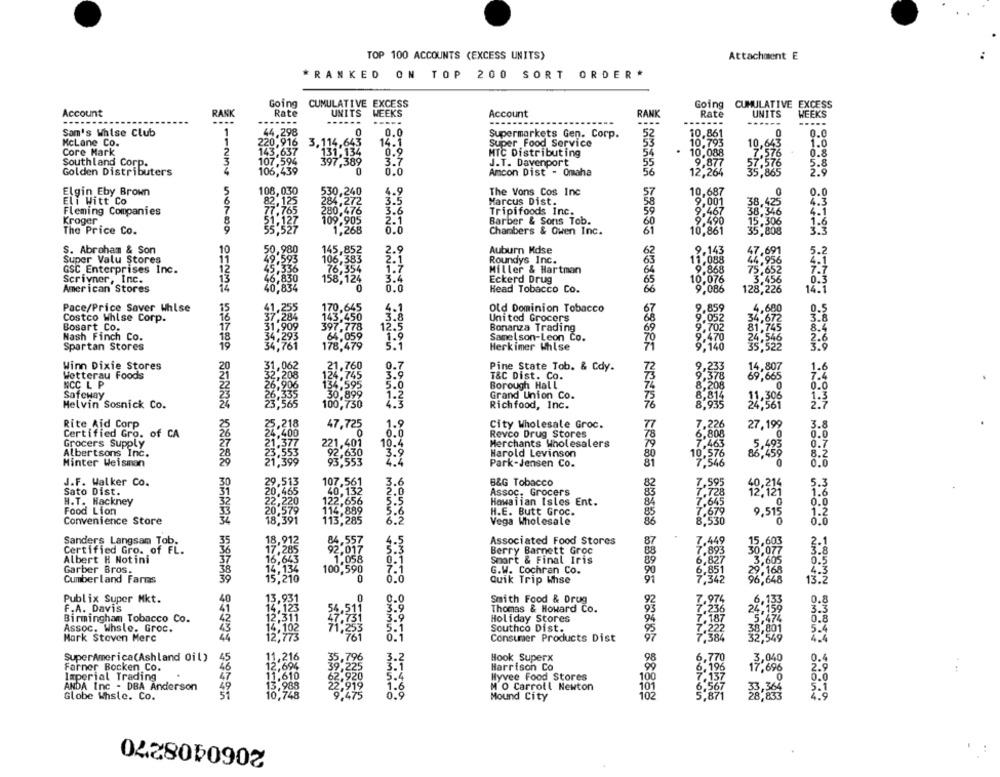
TOP 100 ACCOUNTS (EXCESS UNITS)
Attachment E
*RANKED ON TOP 200 SORT ORDER*
Going CUMULATIVE EXCESS
Going
CUMULATIVE EXCESS
Account
RANK
Rate
UNITS
WEEKS
Account
RANK
Rate
UNITS
WEEKS
...
---
-----
-------
-----
Sam's Whise Club
44.298
0
0.0
52
10,861
0
0.0
Supermarkets Gen. Corp.
10,793
McLane Co.
220,916
3.114,643
14.1
Super Food Service
53
10,643
1.0
Core Mark
143,637
131,134
0.9
MTC Distributing
54
10,088
7.576
0.8
Southland Corp.
107,594
397,389
3.7
J.T. Davenport
9,877
57.576
5.8
Golden Distributers
106,439
0
0.0
Amcon Dist - Omaha
12,264
2.9
35.865
Elgin Eby Brown
108,030
530,240
4.9
The Vons Cos Inc
57
10,687
0
0.0
Eli Witt Co
82,125
284.272
3.5
Marcus Dist.
9,001
38,425
4:3
Fleming Companies
77.765
280,476
3.6
Tripifoods Inc.
9,467
38.346
Kroger
1.127
109.905
2.1
Barber & Sons Tob.
9.490
15.306
1.6
The Price Co.
55.527
1,268
0.0
Chambers & Owen Inc.
61
10,861
35,808
S. Abraham & Son
50.980
145,852
2.9
Auburn Mdse
9.143
47.691
5.2
503
62
Super Valu Stores
106,383
2.1
Roundys Inc.
44.956
GSC Enterprises Inc.
76,354
1.7
Miller & Hartman
75,652
Scrivner, Inc.
830
158,124
3.4
Eckerd Drug
3,456
American Stores
40,834
0.0
Head Tobacco Co.
65
66
Pace/Price Saver Whise
41,255
170.645
4.1
Old Dominion Tobacco
Costco Whise Corp.
37,284
3.8
United Grocers
Bosart Co.
31.909
12.5
Bonanza Trading
Nash Finch Co.
34,293
1.9
Samelson-Leon Co.
Spartan Stores
34,761
5.1
Herkimer Wlse
Winn Dixie Stores
31,062
21,760
Wetterau Foods
208
124.745
Pine State Tob. & Cdy.
9,233
.807
1.6
T&C Dist. Co.
9,378
7.4
NCC L P
906
134,595
Borough Hall
8,208
0.0
Safeway
30,899
Grand Union Co.
8,814
1.3
Melvin Sosnick Co.
65
100,730
4.3
Richfood, Inc.
8,935
2.7
25.218
2725
Rite Aid Corp
City Wholesale Groc.
77
.226
27,199
3.8
Certified Gro, of CA
Revco Drug Stores
808
0.0
Grocers Supply
Merchants Wholesalers
.463
0.7
5,493
Albertsons Inc.
Harold Levinson
86,459
Minter Weisman
Park-Jensen Co.
81
7.546
0.6
J.F. Walker Co.
.6
B&G Tobacco
7,595
5.3
2.6
Sato Dist.
Assoc, Grocers
40.226
H.T. Hackney
Hawaiian Isles Ent.
0.0
Food Lion
H.E. Butt Groc.
9,515
1.2
Convenience Store
6.2
Vega Wholesale
8,530
0.0
marino
Sanders Langsam Tob.
Associated Food Stores
7.449
603
2.
Certified Gro. of FL.
Berry Barnett Groc
88
3.8
Albert H Notini
0.1
Smart & Final Iris
6.827
6,851
Garber Bros.
G.W. Cochran Co.
4.3
Cumberland Farias
0.0
VinoNO
Quik Trip Whse
13.2
Publix Super Mkt.
0.0
Smith Food & Drug
0.8
3.9
F.A. Davis
Thomas & Howard Co.
3.3
Birmingham Tobacco Co.
3.9
Holiday Stores
0.8
Assoc. Whsle. Groc.
5.1
Southco Dist.
5.4
Mark Steven Merc
0.1
Consumer Products Dist
4.4
SuperAmerica(Ashland Oil)
Hook Superx
0.4
Farner Bocken Co.
Harrison Co
2.9
Imperial Trading
Hyvee Food Stores
100
0.0
ANDA Inc - DBA Anderson
M O Carroll Newton
101
5.1
Globe Whste. Co.
11234 56789 1012314 1516781 20223% 2267282 303233 337330 4041234 56795
Mound City
102
DONon
4.9
2060408270